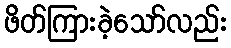
ဖိတ်ကြားခဲ့သော်လည်း